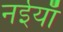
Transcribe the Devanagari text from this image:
नईयाँ